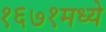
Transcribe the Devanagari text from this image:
१६७१मध्ये